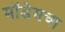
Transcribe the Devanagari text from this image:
मॉडेमचा